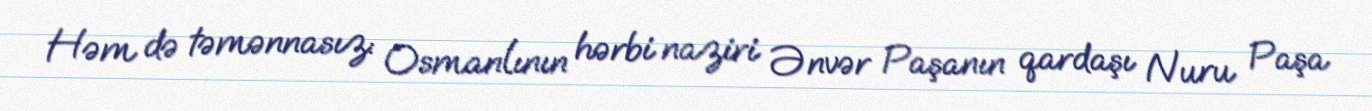
Həm də təmənnasız: Osmanlının hərbi naziri Ənvər Paşanın qardaşı Nuru Paşa